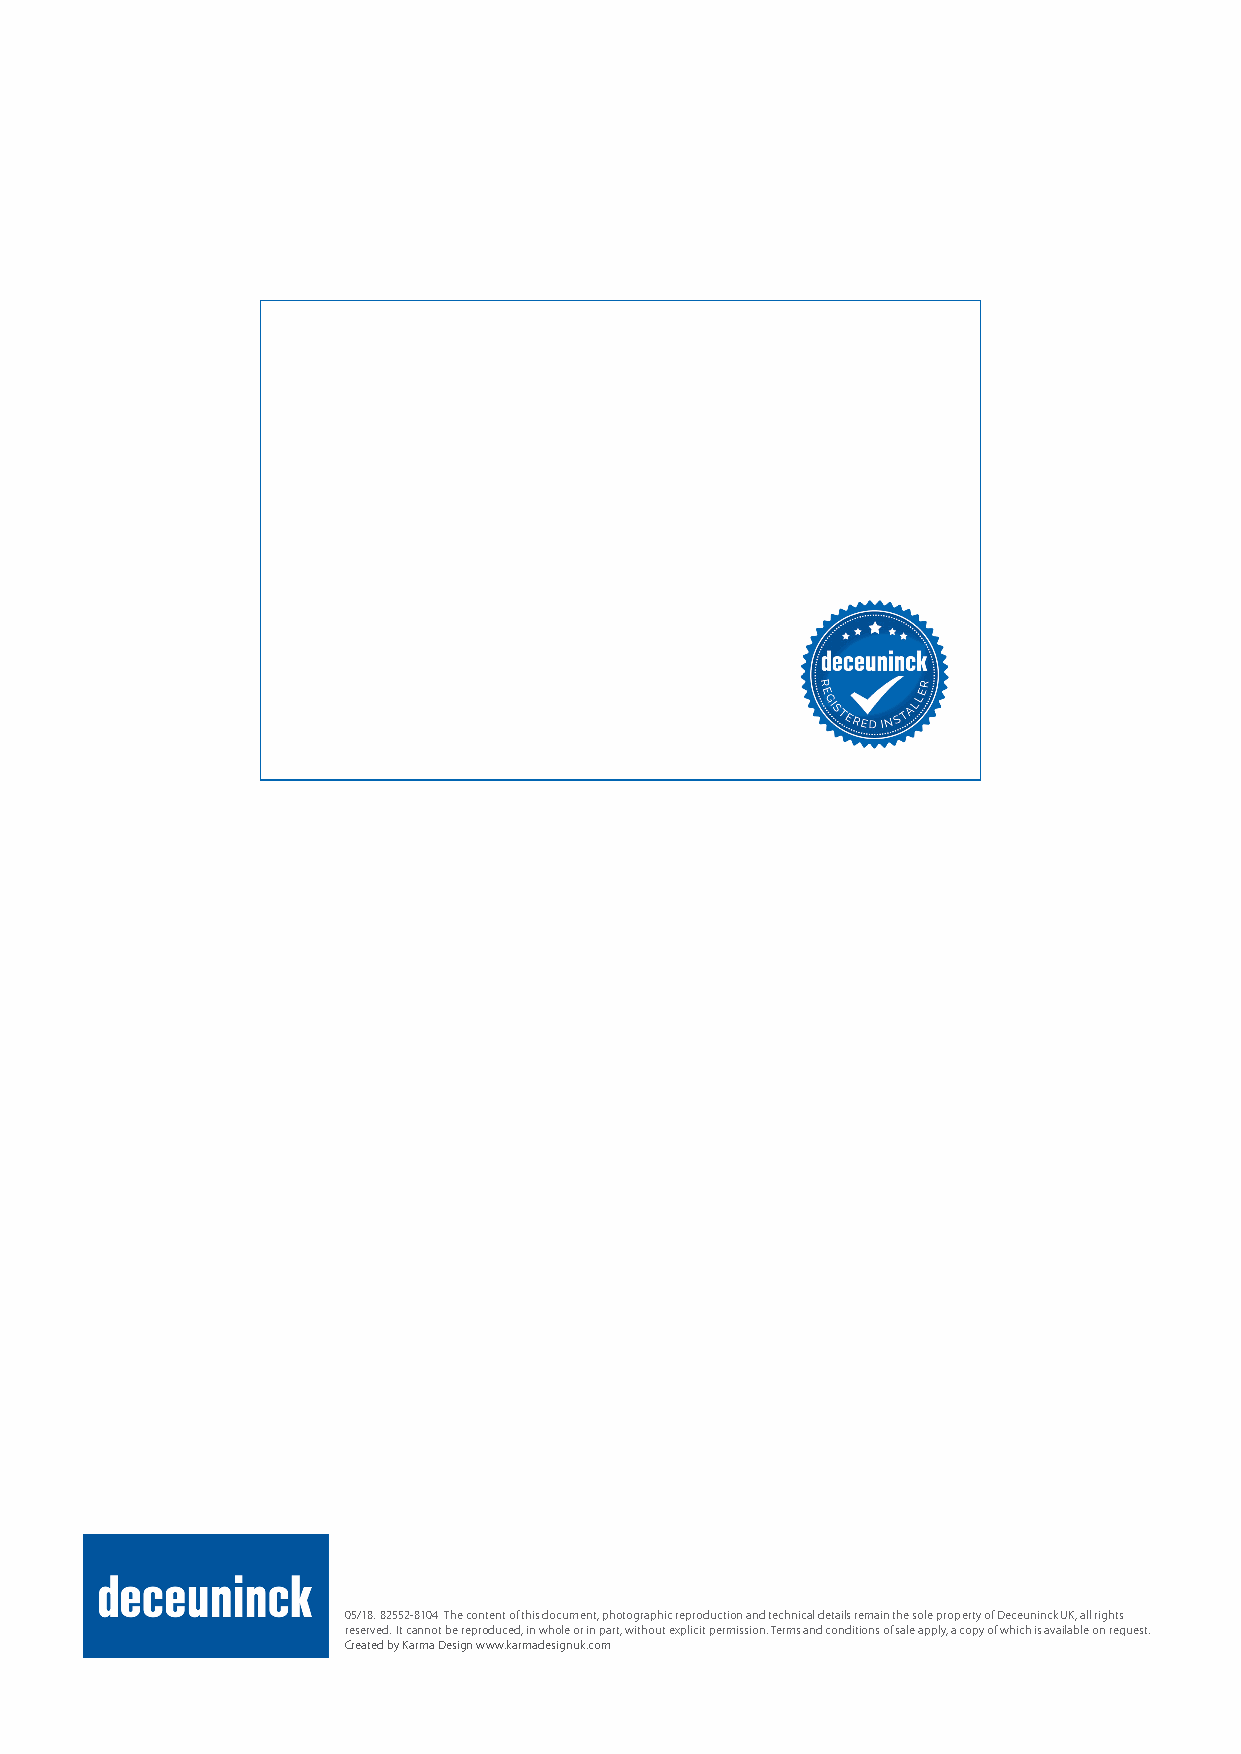
05/18. 82552-8104 The content of this document, photographic reproduction and technical details remain the sole property of Deceuninck UK, all rights
 reserved. It cannot be reproduced, in whole or in part, without explicit permission. Terms and conditions of sale apply, a copy of which is available on request.
 Created by Karma Design www.karmadesignuk.com